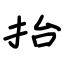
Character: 抬